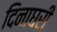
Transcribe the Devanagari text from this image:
दिनाघरी